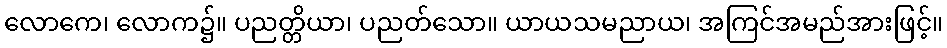
လောကေ၊ လောက၌။ ပညတ္တိယာ၊ ပညတ်သော။ ယာယသမညာယ၊ အကြင်အမည်အားဖြင့်။